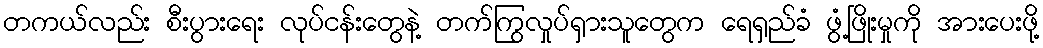
တကယ်လည်း စီးပွားရေး လုပ်ငန်းတွေနဲ့ တက်ကြွလှုပ်ရှားသူတွေက ရေရှည်ခံ ဖွံ့ဖြိုးမှုကို အားပေးဖို့